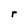
Character: r